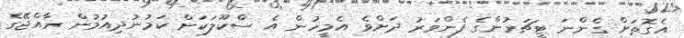
އެގޮތަށް ގެންނަ ޓީޗަރުންގެ ފެންވަރު ދަށްވެ އެމީހުން އެ ސްކޫލަކަށް ކަމުނުދިއުމުން ރާއްޖޭގެ